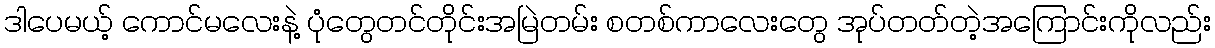
ဒါပေမယ့် ကောင်မလေးနဲ့ ပုံတွေတင်တိုင်းအမြဲတမ်း စတစ်ကာလေးတွေ အုပ်တတ်တဲ့အကြောင်းကိုလည်း